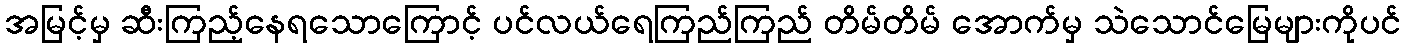
အမြင့်မှ ဆီးကြည့်နေရသောကြောင့် ပင်လယ်ရေကြည်ကြည် တိမ်တိမ် အောက်မှ သဲသောင်မြေများကိုပင်